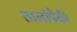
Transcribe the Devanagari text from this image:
तालांपैकी